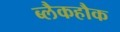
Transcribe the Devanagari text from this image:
ब्लैकहौक